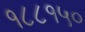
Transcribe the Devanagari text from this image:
१८८१५०